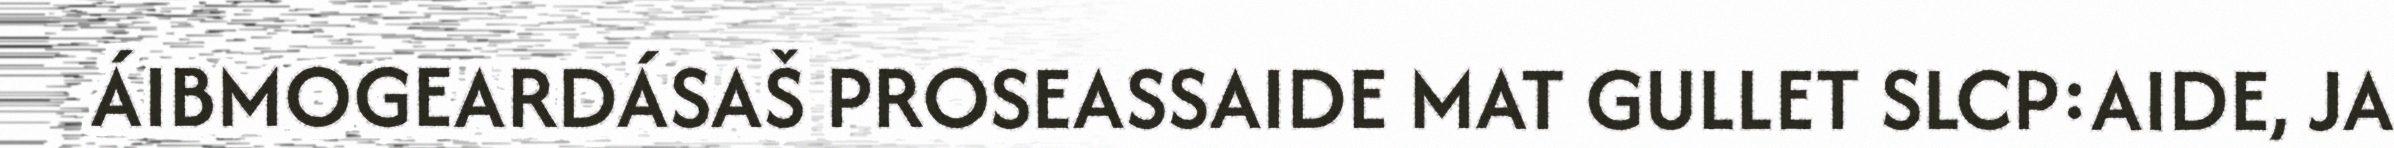
ÁIBMOGEARDÁSAŠ PROSEASSAIDE MAT GULLET SLCP:AIDE, JA